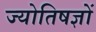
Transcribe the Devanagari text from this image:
ज्योतिषज्ञों